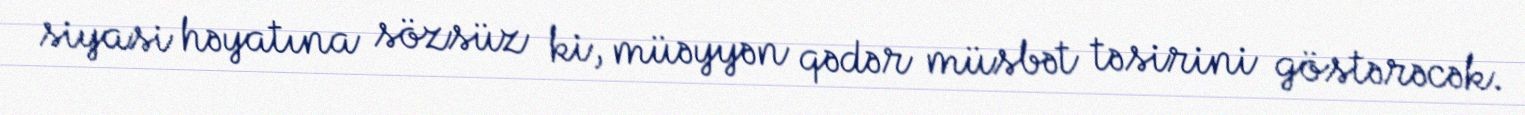
siyasi həyatına sözsüz ki, müəyyən qədər müsbət təsirini göstərəcək.